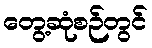
တွေ့ဆုံစဉ်တွင်